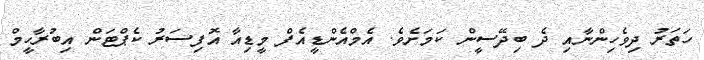
ހަތަރު ދިވެހިންނާއި ދެ ބިދޭސީން ކަމަށެވެ. އެމްއެންޑީއެފް މީޑިއާ އޮފިސަރު ކެޕްޓަން އިބުރާހީމް